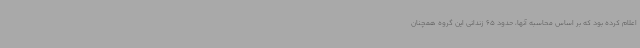
اعلام کرده بود که بر اساس محاسبه آنها، حدود 65 زندانی این گروه همچنان